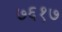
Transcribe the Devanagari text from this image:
७६१७